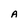
Character: A